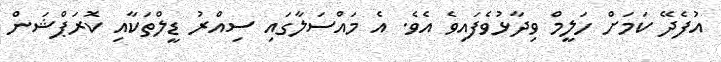
އުފެދޭ ކަމަށް ހަލީމް ވިދާޅުވެފައިވެ އެވެ. އެ މައްސަލާގައި ސިއްރު ޑީލްތަކާއި ކޮރަޕްޝަން